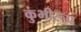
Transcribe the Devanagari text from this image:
कुंभीरूप